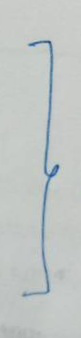
}